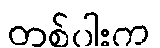
တစ်ပါးက